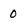
Character: 0